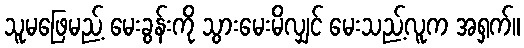
သူမဖြေမည့် မေးခွန်းကို သွားမေးမိလျှင် မေးသည့်လူက အရှက်။